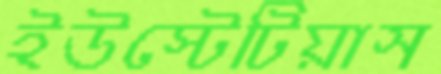
ইউস্টেটিয়াস